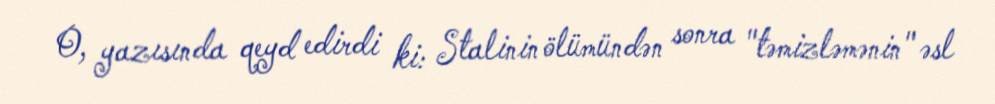
O, yazısında qeyd edirdi ki: Stalinin ölümündən sonra "təmizləmənin" əsl